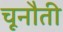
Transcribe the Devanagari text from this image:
चूनौती